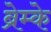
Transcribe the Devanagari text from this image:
ब्रेम्के